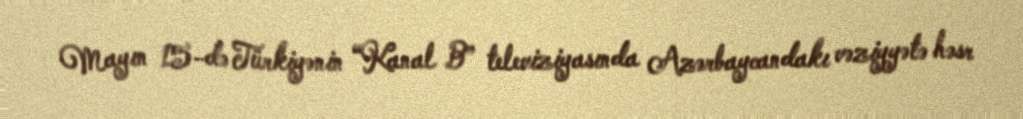
Mayın 15-də Türkiyənin “Kanal B” televiziyasında Azərbaycandakı vəziyyətə həsr